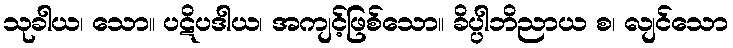
သုခါယ၊ သော။ ပဋိပဒါယ၊ အကျင့်ဖြစ်သော။ ခိပ္ပါဘိညာယ စ၊ လျင်သော